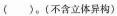
( )。(不含立体异构)